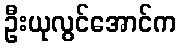
ဦးယုလွင်အောင်က